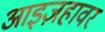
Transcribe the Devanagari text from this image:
आइज़हावर